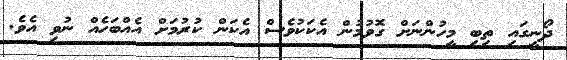
ދޯނީގައި ތިބި މީހުންނަށް ގޮވުމުން އެކަކުވެސް އެކަން ކުރުމަށް އެއްބަހެއް ނުވި އެވެ.